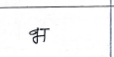
मजकूर: भ